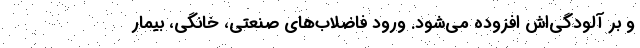
و بر آلودگی‌اش افزوده می‌شود. ورود فاضلاب‌های صنعتی، خانگی، بیمار